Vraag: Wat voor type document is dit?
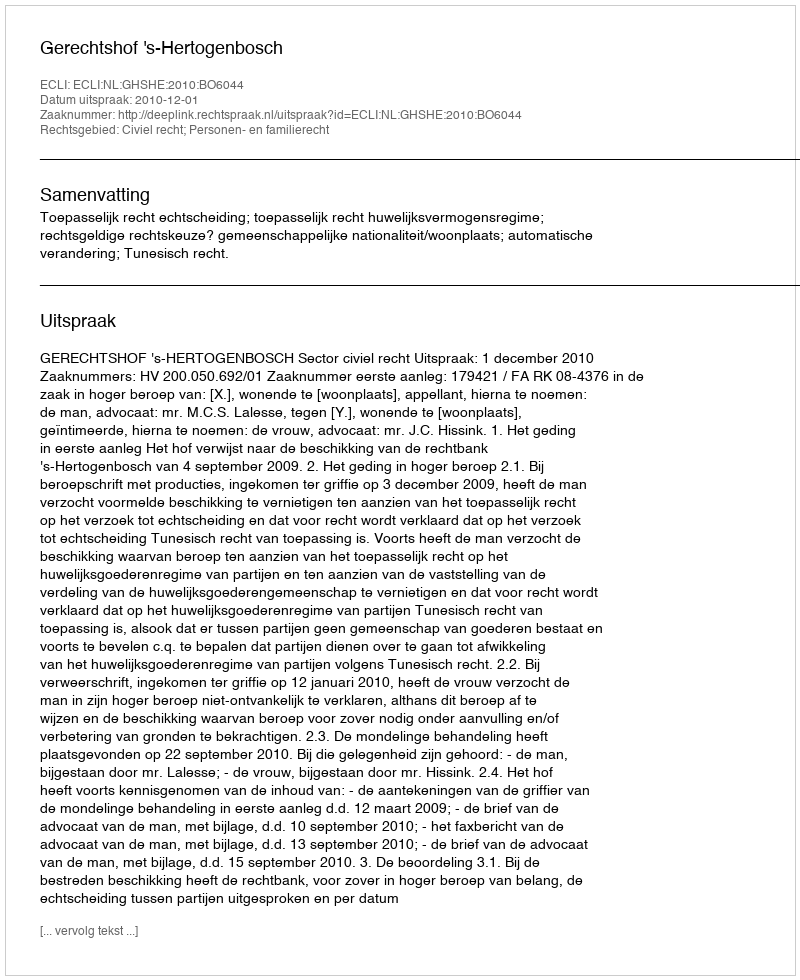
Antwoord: Uitspraak